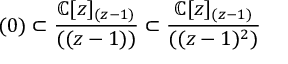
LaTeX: ( 0 ) \subset { \frac { \mathbb { C } [ z ] _ { ( z - 1 ) } } { ( ( z - 1 ) ) } } \subset { \displaystyle { \frac { \mathbb { C } [ z ] _ { ( z - 1 ) } } { ( ( z - 1 ) ^ { 2 } ) } } }